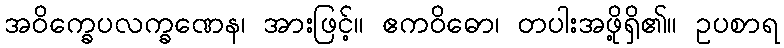
အဝိက္ခေပလက္ခဏေန၊ အားဖြင့်။ ဧကဝိဓော၊ တပါးအဖို့ရှိ၏။ ဥပစာရ